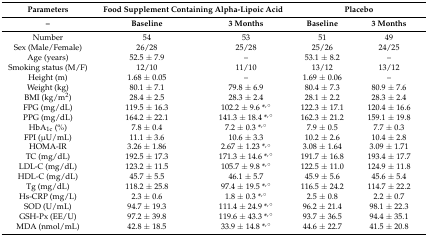
<table><thead><tr><td><b>Parameters</b></td><td colspan="2"><b>Food Supplement Containing Alpha-Lipoic Acid</b></td><td colspan="2"><b>Placebo</b></td></tr><tr><td><b>–</b></td><td><b>Baseline</b></td><td><b>3 Months</b></td><td><b>Baseline</b></td><td><b>3 Months</b></td></tr></thead><tbody><tr><td>Number</td><td>54</td><td>53</td><td>51</td><td>49</td></tr><tr><td>Sex (Male/Female)</td><td>26/28</td><td>25/28</td><td>25/26</td><td>24/25</td></tr><tr><td>Age (years)</td><td>52.5 ± 7.9</td><td>–</td><td>53.1 ± 8.2</td><td>–</td></tr><tr><td>Smoking status (M/F)</td><td>12/10</td><td>11/10</td><td>13/12</td><td>13/12</td></tr><tr><td>Height (m)</td><td>1.68 ± 0.05</td><td>–</td><td>1.69 ± 0.06</td><td>–</td></tr><tr><td>Weight (kg)</td><td>80.1 ± 7.1</td><td>79.8 ± 6.9</td><td>80.4 ± 7.3</td><td>80.9 ± 7.6</td></tr><tr><td>BMI (kg/m<sup>2</sup>)</td><td>28.4 ± 2.5</td><td>28.3 ± 2.4</td><td>28.1 ± 2.2</td><td>28.3 ± 2.4</td></tr><tr><td>FPG (mg/dL)</td><td>119.5 ± 16.3</td><td>102.2 ± 9.6 *<sup>,</sup>°</td><td>122.3 ± 17.1</td><td>120.4 ± 16.6</td></tr><tr><td>PPG (mg/dL)</td><td>164.2 ± 22.1</td><td>141.3 ± 18.4 *<sup>,</sup>°</td><td>162.3 ± 21.2</td><td>159.1 ± 19.8</td></tr><tr><td>HbA<sub>1c</sub> (%)</td><td>7.8 ± 0.4</td><td>7.2 ± 0.3 *<sup>,</sup>°</td><td>7.9 ± 0.5</td><td>7.7 ± 0.3</td></tr><tr><td>FPI (μU/mL)</td><td>11.1 ± 3.6</td><td>10.6 ± 3.3</td><td>10.2 ± 2.6</td><td>10.4 ± 2.8</td></tr><tr><td>HOMA-IR</td><td>3.26 ± 1.86</td><td>2.67 ± 1.23 *<sup>,</sup>°</td><td>3.08 ± 1.64</td><td>3.09 ± 1.71</td></tr><tr><td>TC (mg/dL)</td><td>192.5 ± 17.3</td><td>171.3 ± 14.6 *<sup>,</sup>°</td><td>191.7 ± 16.8</td><td>193.4 ± 17.7</td></tr><tr><td>LDL-C (mg/dL)</td><td>123.2 ± 11.5</td><td>105.7 ± 9.8 *<sup>,</sup>°</td><td>122.5 ± 11.0</td><td>124.9 ± 11.8</td></tr><tr><td>HDL-C (mg/dL)</td><td>45.7 ± 5.5</td><td>46.1 ± 5.7</td><td>45.9 ± 5.6</td><td>45.6 ± 5.4</td></tr><tr><td>Tg (mg/dL)</td><td>118.2 ± 25.8</td><td>97.4 ± 19.5 *<sup>,</sup>°</td><td>116.5 ± 24.2</td><td>114.7 ± 22.2</td></tr><tr><td>Hs-CRP (mg/L)</td><td>2.3 ± 0.6</td><td>1.8 ± 0.3 *<sup>,</sup>°</td><td>2.5 ± 0.8</td><td>2.2 ± 0.7</td></tr><tr><td>SOD (U/mL)</td><td>94.7 ± 19.3</td><td>111.4 ± 24.9 *<sup>,</sup>°</td><td>96.2 ± 21.4</td><td>98.1 ± 22.3</td></tr><tr><td>GSH-Px (EE/U)</td><td>97.2 ± 39.8</td><td>119.6 ± 43.3 *<sup>,</sup>°</td><td>93.7 ± 36.5</td><td>94.4 ± 35.1</td></tr><tr><td>MDA (nmol/mL)</td><td>42.8 ± 18.5</td><td>33.9 ± 14.8 *<sup>,</sup>°</td><td>44.6 ± 22.7</td><td>41.5 ± 20.8</td></tr></tbody></table>